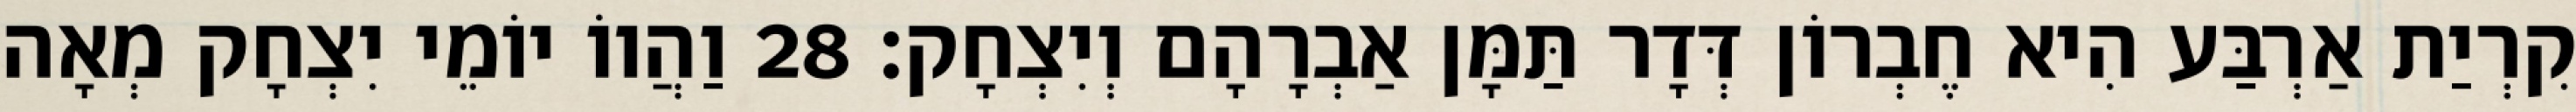
קִרְיַת אַרְבַּע הִיא חֶבְרוֹן דְּדָר תַּמָּן אַבְרָהָם וְיִצְחָק׃ 28 וַהֲווֹ יוֹמֵי יִצְחָק מְאָה